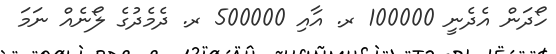
ހޯދަން އެދެނީ 100000 ރ. އާއި 500000 ރ. ދެމެދުގެ ލޯނެއް ނަމަ